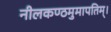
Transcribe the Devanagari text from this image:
नीलकण्ठमुमापतिम्।